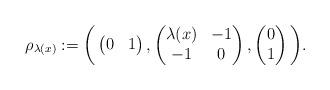
LaTeX: \begin{align*}\rho_{\lambda(x)} := \bigg(\begin{pmatrix} 0 & 1\end{pmatrix}, \begin{pmatrix} \lambda(x) & -1\\ -1 & 0\end{pmatrix}, \begin{pmatrix} 0\\ 1 \end{pmatrix}\bigg). \end{align*}